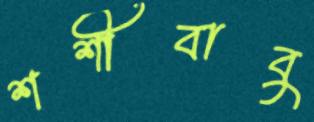
শশীবাবু